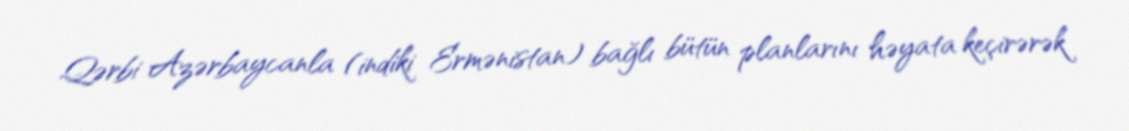
Qərbi Azərbaycanla (indiki Ermənistan) bağlı bütün planlarını həyata keçirərək